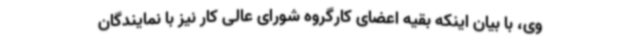
وی، با بیان اینکه بقیه اعضای کارگروه شورای عالی کار نیز با نمایندگان